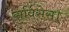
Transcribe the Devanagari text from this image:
सर्विसेस।